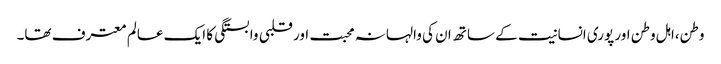
وطن،اہل وطن اور پوری انسانیت کے ساتھ ان کی والہانہ محبت اور قلبی وابستگی کا ایک عالم معترف تھا۔